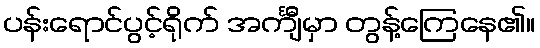
ပန်းရောင်ပွင့်ရိုက် အင်္ကျီမှာ တွန့်ကြေနေ၏။